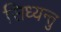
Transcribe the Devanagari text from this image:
सिध्यन्तु